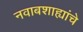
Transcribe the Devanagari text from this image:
नवाबशाह्यांचे